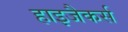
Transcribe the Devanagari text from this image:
हाइजैकर्स